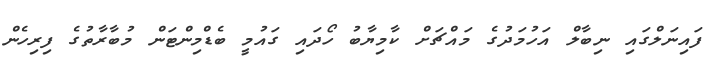
ފައިނަލްގައި ނިބާލް އަހުމަދުގެ މައްޗަށް ކާމިޔާބު ހޯދައި ގައުމީ ބެޑްމިންޓަން މުބާރާތުގެ ފިރިހެން